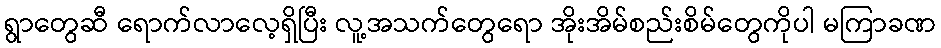
ရွာတွေဆီ ရောက်လာလေ့ရှိပြီး လူ့အသက်တွေရော အိုးအိမ်စည်းစိမ်တွေကိုပါ မကြာခဏ